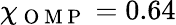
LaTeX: \chi_{\mathrm{~O~M~P~}}=0.64